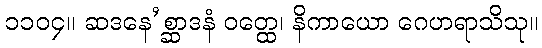
၁၁၀၄။ ဆဒနေ’စ္ဆာဒနံ ဝတ္ထေ၊ နိကာယော ဂေဟရာသိသု။